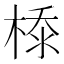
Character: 𣕊